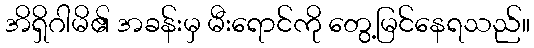
အိရှိဂါမိ၏ အခန်းမှ မီးရောင်ကို တွေ့မြင်နေရသည်။